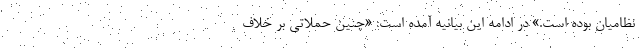
نظامیان بوده است.» در ادامه این بیانیه آمده است: «چنین حملاتی بر خلاف